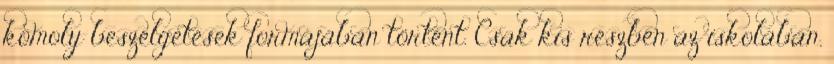
komoly beszélgetések formájában történt. Csak kis részben az iskolában.